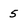
Character: 5